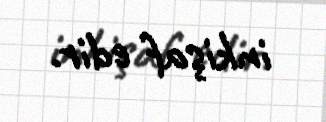
inkişaf edir.